Vaccination in the Punjab 1905-1918 - 1905-1918
Year: 1905
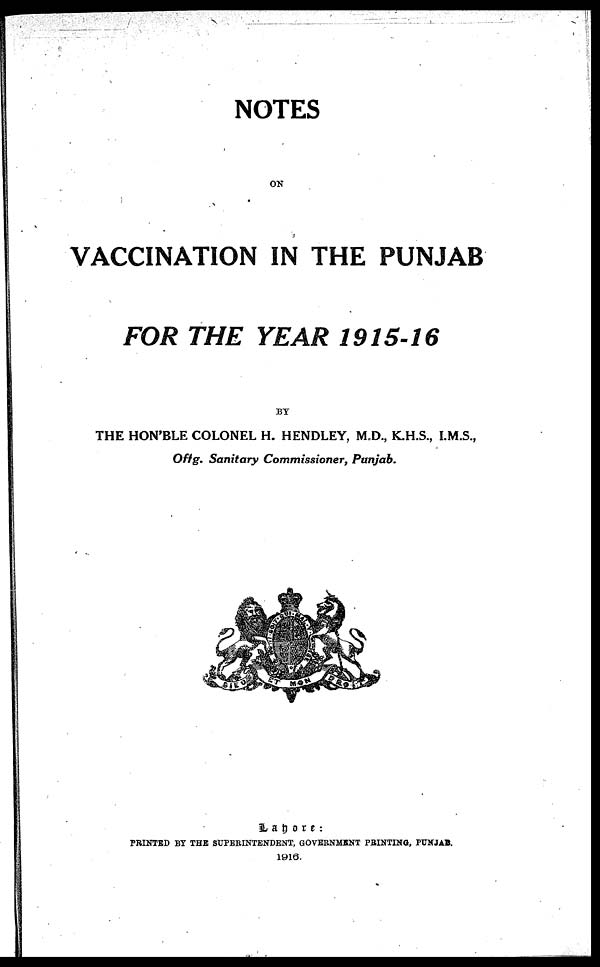
NOTES
ON
VACCINATION IN THE PUNJAB
FOR THE YEAR 1915-16
BY
THE HON'BLE COLONEL H. HENDLEY, M.D., K.H.S., I.M.S.,
Offg. Sanitary Commissioner, Punjab.
Lahore :
PRINTED BY THE SUPERINTENDENT, GOVERNMENT PRINTING, PUNJAB.
1916.